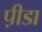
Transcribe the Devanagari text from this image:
प़ीडा